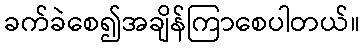
ခက်ခဲစေ၍အချိန်ကြာစေပါတယ်။